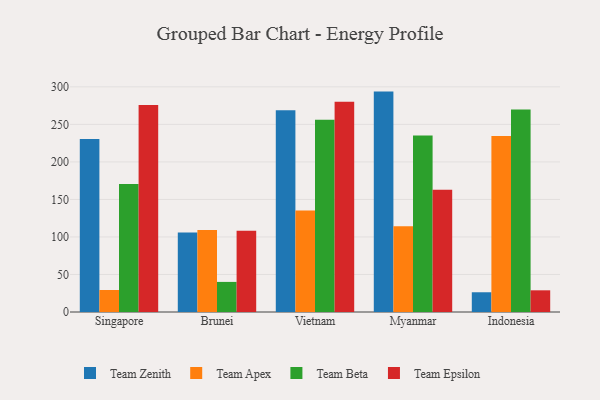
{"axis": {"x": "Country", "y": "Population (Million)"}, "legend": ["Team Apex", "Team Beta", "Team Epsilon", "Team Zenith"], "data": [{"x": "Singapore", "y": 230.5, "type": "Team Zenith"}, {"x": "Singapore", "y": 29.3, "type": "Team Apex"}, {"x": "Singapore", "y": 170.6, "type": "Team Beta"}, {"x": "Singapore", "y": 275.7, "type": "Team Epsilon"}, {"x": "Brunei", "y": 106.1, "type": "Team Zenith"}, {"x": "Brunei", "y": 109.4, "type": "Team Apex"}, {"x": "Brunei", "y": 40.1, "type": "Team Beta"}, {"x": "Brunei", "y": 108.3, "type": "Team Epsilon"}, {"x": "Vietnam", "y": 269.0, "type": "Team Zenith"}, {"x": "Vietnam", "y": 135.1, "type": "Team Apex"}, {"x": "Vietnam", "y": 256.2, "type": "Team Beta"}, {"x": "Vietnam", "y": 280.2, "type": "Team Epsilon"}, {"x": "Myanmar", "y": 293.7, "type": "Team Zenith"}, {"x": "Myanmar", "y": 114.4, "type": "Team Apex"}, {"x": "Myanmar", "y": 235.2, "type": "Team Beta"}, {"x": "Myanmar", "y": 162.9, "type": "Team Epsilon"}, {"x": "Indonesia", "y": 26.3, "type": "Team Zenith"}, {"x": "Indonesia", "y": 234.7, "type": "Team Apex"}, {"x": "Indonesia", "y": 269.9, "type": "Team Beta"}, {"x": "Indonesia", "y": 28.9, "type": "Team Epsilon"}]}